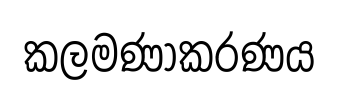
කලමණාකරණය